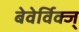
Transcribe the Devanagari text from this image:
बेवेर्विक्ज्